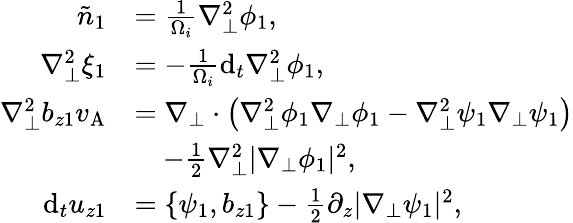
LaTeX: \begin{array}{rl}{\tilde{n}_{1}}&{=\frac{1}{\Omega_{i}}\nabla_{\perp}^{2}\phi_{1},}\\ {\nabla_{\perp}^{2}\xi_{1}}&{=-\frac{1}{\Omega_{i}}\mathrm{d}_{t}\nabla_{\perp}^{2}\phi_{1},}\\ {\nabla_{\perp}^{2}b_{z1}v_{\mathrm{A}}}&{=\nabla_{\perp}\cdot\left(\nabla_{\perp}^{2}\phi_{1}\nabla_{\perp}\phi_{1}-\nabla_{\perp}^{2}\psi_{1}\nabla_{\perp}\psi_{1}\right)}\\ &{\quad-\frac{1}{2}\nabla_{\perp}^{2}|\nabla_{\perp}\phi_{1}|^{2},}\\ {\mathrm{d}_{t}u_{z1}}&{=\{ \psi_{1},b_{z1}\} -\frac{1}{2}\partial_{z}|\nabla_{\perp}\psi_{1}|^{2},}\end{array}